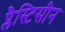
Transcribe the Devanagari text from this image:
प्लैस्टिसीन